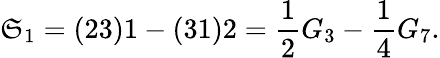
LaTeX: \mathfrak{S}_{1}=(23)1-(31)2={\frac{{1}}{{2}}}G_{3}-{\frac{{1}}{{4}}}G_{7}.